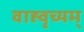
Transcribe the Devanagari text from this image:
वाह्वृच्यम्